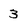
Character: 3